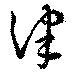
津